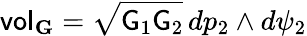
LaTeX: \mathsf{vol}_{\mathbf{G}}=\sqrt{\mathsf{G}_{1}\mathsf{G}_{2}}\, dp_{2}\wedge d\psi_{2}